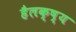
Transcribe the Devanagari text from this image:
हैलक्ष्य